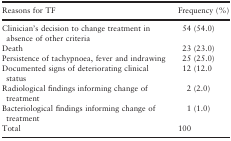
| Reasons for TF | Frequency (%) |
 | --- | --- |
 | Clinician's decision to change treatment in absence of other criteria | 54 (54.0) |
 | Death | 23 (23.0) |
 | Persistence of tachypnoea, fever and indrawing | 25 (25.0) |
 | Documented signs of deteriorating clinical status | 12 (12.0 |
 | Radiological findings informing change of treatment | 2 (2.0) |
 | Bacteriological findings informing change of treatment | 1 (1.0) |
 | Total | 100 |